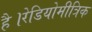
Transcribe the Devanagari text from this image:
है।रेडियोमीत्रिक